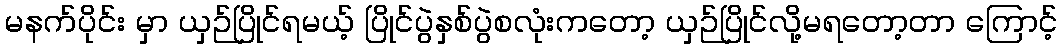
မနက်ပိုင်း မှာ ယှဉ်ပြိုင်ရမယ့် ပြိုင်ပွဲနှစ်ပွဲစလုံးကတော့ ယှဉ်ပြိုင်လို့မရတော့တာ ကြောင့်